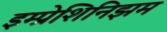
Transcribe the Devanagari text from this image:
इम्प्रेशिनिझम